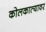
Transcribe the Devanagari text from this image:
कोलकात्यावर